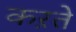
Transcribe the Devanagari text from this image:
कऱते